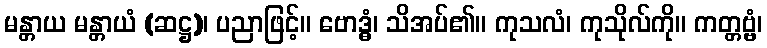
မန္တာယ မန္တာယံ (ဆဋ္ဌ)၊ ပညာဖြင့်။ ဗောဒ္ဓံ၊ သိအပ်၏။ ကုသလံ၊ ကုသိုလ်ကို။ ကတ္တဗ္ဗံ၊